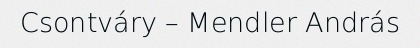
Csontváry – Mendler András